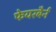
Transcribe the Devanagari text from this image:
फेयरबैर्न